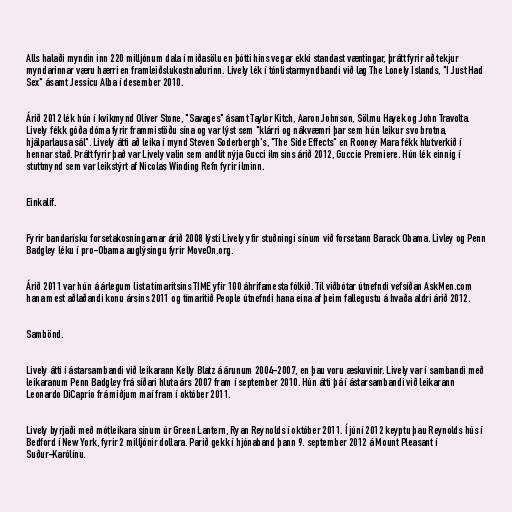
Alls halaði myndin inn 220 milljónum dala í miðasölu en þótti hins vegar ekki standast væntingar, þrátt fyrir að tekjur
myndarinnar væru hærri en framleiðslukostnaðurinn. Lively lék í tónlistarmyndbandi við lag The Lonely Islands, "I Just Had
Sex" ásamt Jessicu Alba í desember 2010.

Árið 2012 lék hún í kvikmynd Oliver Stone, "Savages" ásamt Taylor Kitch, Aaron Johnson, Sölmu Hayek og John Travolta.
Lively fékk góða dóma fyrir frammistöðu sína og var lýst sem "klárri og nákvæmri þar sem hún leikur svo brotna,
hjálparlausa sál". Lively átti að leika í mynd Steven Soderbergh's, "The Side Effects" en Rooney Mara fékk hlutverkið í
hennar stað. Þrátt fyrir það var Lively valin sem andlit nýja Gucci ilmsins árið 2012, Guccie Premiere. Hún lék einnig í
stuttmynd sem var leikstýrt af Nicolas Winding Refn fyrir ilminn.

Einkalíf.

Fyrir bandarísku forsetakosningarnar árið 2008 lýsti Lively yfir stuðningi sínum við forsetann Barack Obama. Livley og Penn
Badgley léku í pro-Obama auglýsingu fyrir MoveOn.org.

Árið 2011 var hún á árlegum lista tímaritsins TIME yfir 100 áhrifamesta fólkið. Til viðbótar útnefndi vefsíðan AskMen.com
hana mest aðlaðandi konu ársins 2011 og tímaritið People útnefndi hana eina af þeim fallegustu á hvaða aldri árið 2012.

Sambönd.

Lively átti í ástarsambandi við leikarann Kelly Blatz á árunum 2004-2007, en þau voru æskuvinir. Lively var í sambandi með
leikaranum Penn Badgley frá síðari hluta árs 2007 fram í september 2010. Hún átti þá í ástarsambandi við leikarann
Leonardo DiCaprio frá miðjum maí fram í október 2011.

Lively byrjaði með mótleikara sínum úr Green Lantern, Ryan Reynolds í október 2011. Í júní 2012 keyptu þau Reynolds hús í
Bedford í New York, fyrir 2 milljónir dollara. Parið gekk í hjónaband þann 9. september 2012 á Mount Pleasant í
Suður-Karólínu.